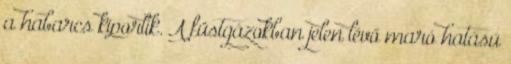
a habarcs kiporlik. A füstgázokban jelen lévő maró hatású